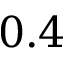
0 . 4